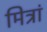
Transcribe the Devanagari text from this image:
मित्रां